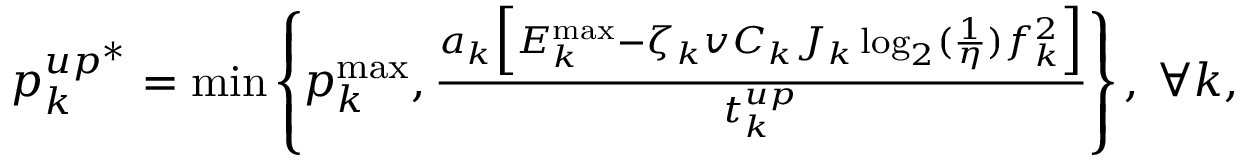
\begin{array} { r l } & { p _ { k } ^ { u p ^ { * } } = \operatorname* { m i n } \left\{ p _ { k } ^ { \operatorname* { m a x } } , \frac { a _ { k } \Big [ { { E } } _ { k } ^ { \operatorname* { m a x } } - \zeta _ { k } v C _ { k } J _ { k } \log _ { 2 } ( \frac { 1 } { \eta } ) f _ { k } ^ { 2 } \Big ] } { t _ { k } ^ { u p } } \right\} , \: \forall k , } \end{array}